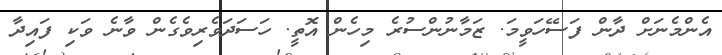
އެންމެނަަށް ދާން ފަސޭހަވީމަ. ޒަމާނުންސުރެ މިހެން އޮތީ. ހަސަދަވެރިވެގެން ވާނެ ވަކި ފައިދާ